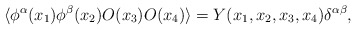
\begin{align*}\langle\phi^{\alpha}(x_{1})\phi^{\beta}(x_{2})O(x_{3})O(x_{4})\rangle=Y(x_{1},x_{2},x_{3},x_{4})\delta^{\alpha\beta},\end{align*}